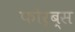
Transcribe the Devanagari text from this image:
फोर्ब्स